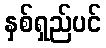
နှစ်ရှည်ပင်